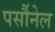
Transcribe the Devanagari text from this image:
पर्सौनेल